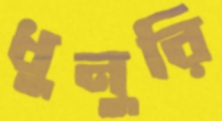
ধুনুরি